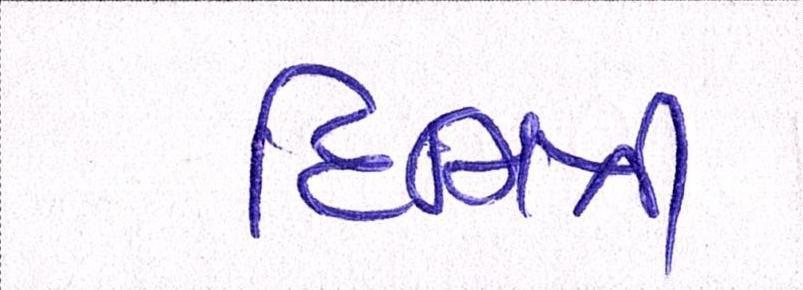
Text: દિમિત્રી